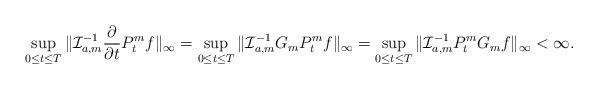
LaTeX: \begin{align*}\sup_{0 \leq t \leq T} \| {\cal I}_{a, m}^{-1} \frac{\partial}{\partial t} P_t^{m} f \|_{\infty}=\sup_{0 \leq t \leq T} \| {\cal I}_{a, m}^{-1} G_m P_t^{m} f \|_{\infty}=\sup_{0 \leq t \leq T} \| {\cal I}_{a, m}^{-1} P_t^{m} G_m f \|_{\infty} < \infty.\end{align*}